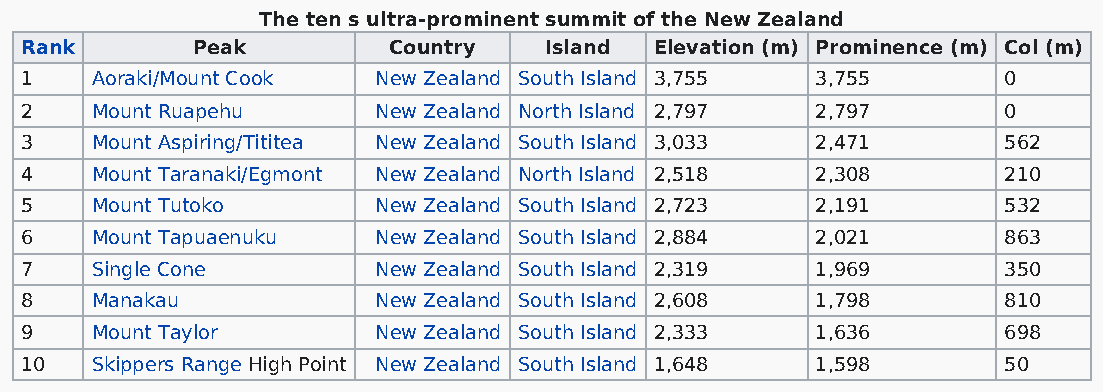
The ten s ultra-prominent summit of the New Zealand
 Rank        Peak         Country   Island Elevation (m) Prominence (m) Col (m)
 1    Aoraki/Mount Cook  New Zealand South Island 3,755 3,755     0
 2    Mount Ruapehu      New Zealand North Island 2,797 2,797     0
 3    Mount Aspiring/Tititea New Zealand South Island 3,033 2,471 562
 4    Mount Taranaki/Egmont New Zealand North Island 2,518 2,308  210
 5    Mount Tutoko       New Zealand South Island 2,723 2,191     532
 6    Mount Tapuaenuku   New Zealand South Island 2,884 2,021     863
 7    Single Cone        New Zealand South Island 2,319 1,969     350
 8    Manakau            New Zealand South Island 2,608 1,798     810
 9    Mount Taylor       New Zealand South Island 2,333 1,636     698
 10   Skippers Range High Point New Zealand South Island 1,648 1,598 50